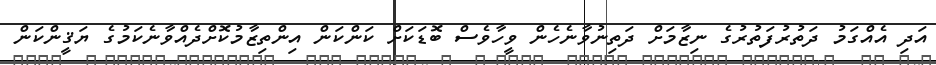
އަދި އެއްގަމު ދަތުރުފަތުރުގެ ނިޒާމަށް ދަތިނުވާނެހެން ވީހާވެސް ބޮޑަކަށް ކަންކަން އިންތިޒާމުކޮށްދެއްވާނެކަމުގެ ޔަޤީންކަން